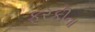
ફરકીના